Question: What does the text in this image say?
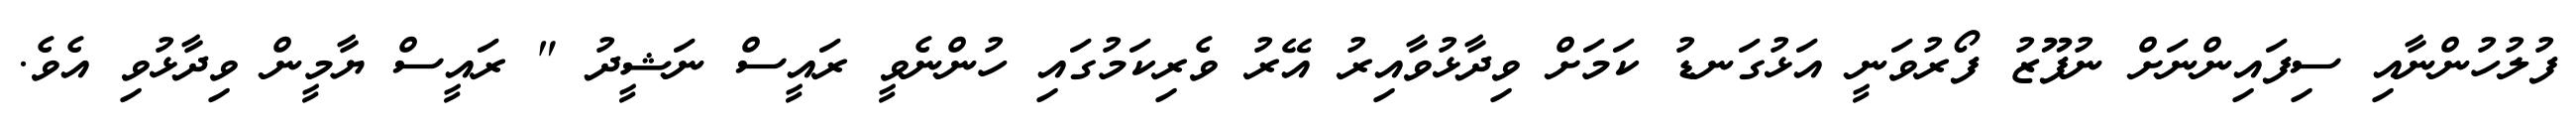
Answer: ފުލުހުންނާއި ސިފައިންނަށް ނުފޫޒު ފޯރުވަނީ އަޅުގަނޑު ކަމަށް ވިދާޅުވާއިރު އޭރު ވެރިކަމުގައި ހުންނެވީ ރައީސް ނަޝީދު " ރައީސް ޔާމީން ވިދާޅުވި އެވެ.